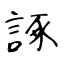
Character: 諑